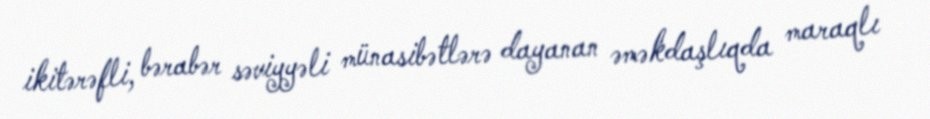
ikitərəfli, bərabər səviyyəli münasibətlərə dayanan əməkdaşlıqda maraqlı